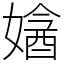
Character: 㜝